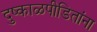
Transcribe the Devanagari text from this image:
दुष्काळपीडितांना